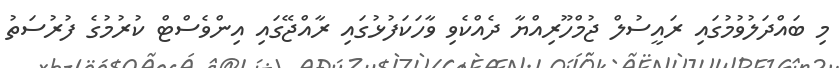
މި ބައްދަލުވުމުގައި ރައީސުލް ޖުމްހޫރިއްޔާ ދެއްކެވި ވާހަަކަފުޅުގައި ރާއްޖޭގައި އިންވެސްޓް ކުރުމުގެ ފުރުސަތު